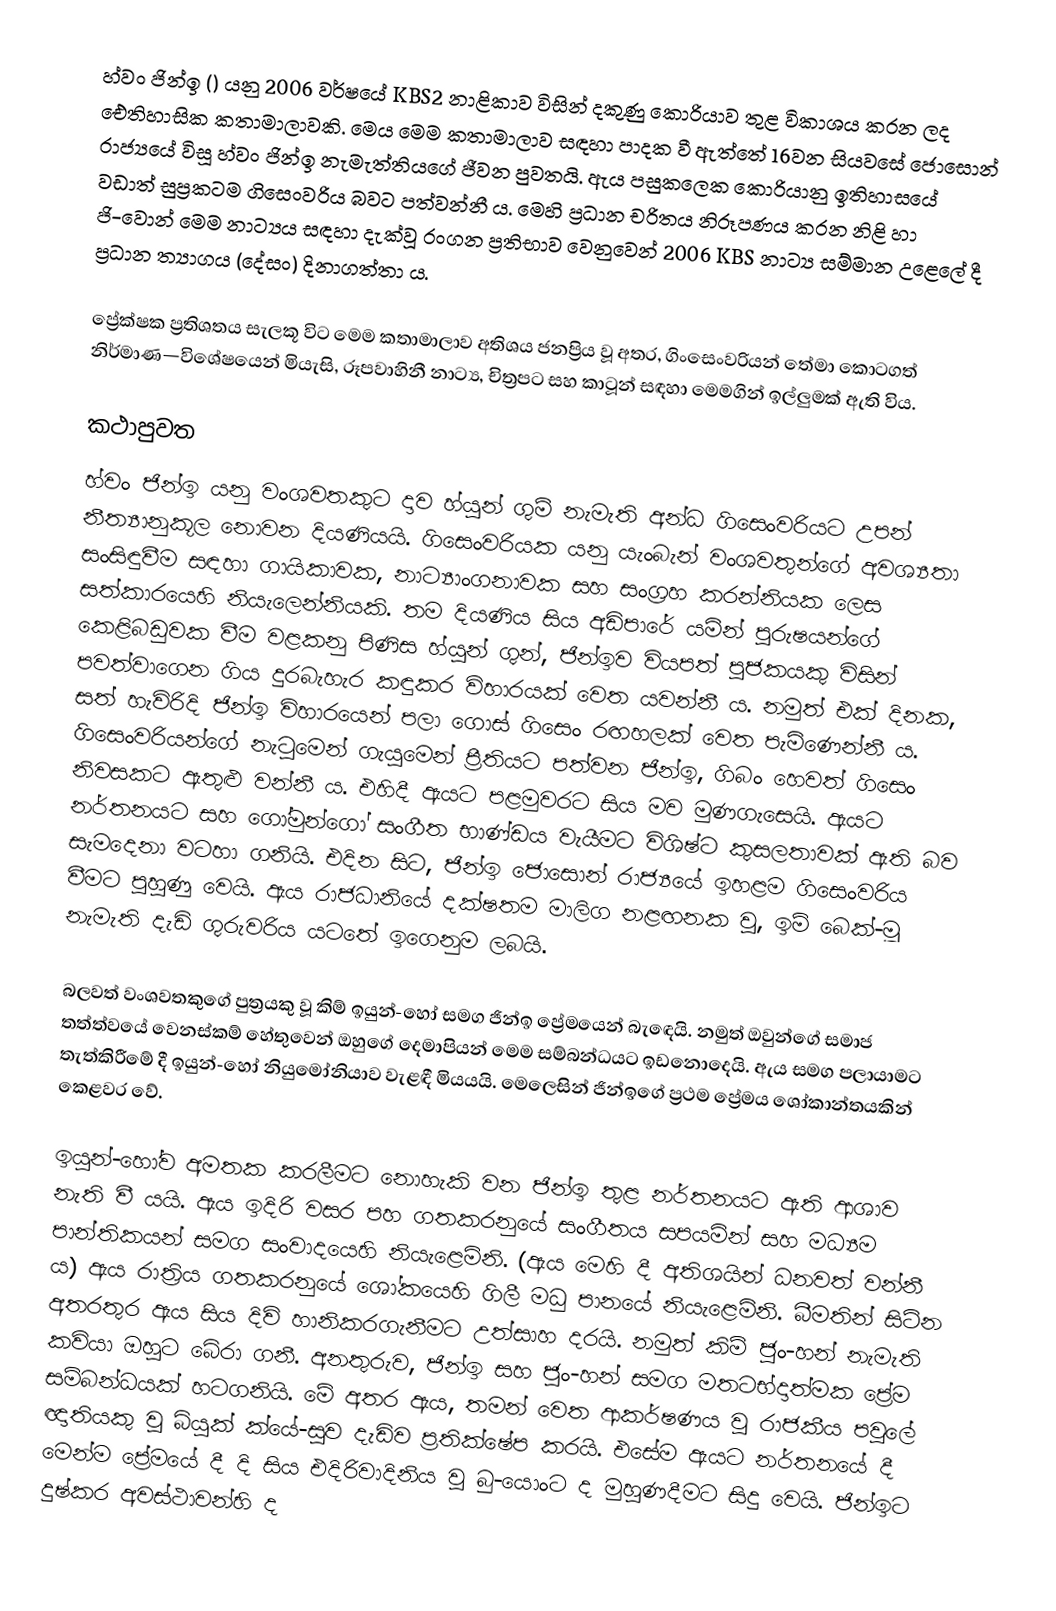
හ්වං ජින්ඉ () යනු 2006 වර්ෂයේ KBS2 නාළිකාව විසින් දකුණු කොරියාව තුළ විකාශය කරන ලද ඓතිහාසික කතාමාලාවකි. මෙය මෙම කතාමාලාව සඳහා පාදක වී ඇත්තේ 16වන සියවසේ ජොසොන් රාජ්‍යයේ විසූ හ්වං ජින්ඉ නැමැත්තියගේ ජීවන පුවතයි. ඇය පසුකලෙක කොරියානු ඉතිහාසයේ වඩාත් සුප්‍රකටම ගිසෙංවරිය බවට පත්වන්නී ය. මෙහි ප්‍රධාන චරිතය නිරූපණය කරන නිළි හා ජි-වොන් මෙම නාට්‍යය සඳහා දැක්වූ රංගන ප්‍රතිභාව වෙනුවෙන් 2006 KBS නාට්‍ය සම්මාන උළෙලේ දී ප්‍රධාන ත්‍යාගය (දේසං) දිනාගත්තා ය.

ප්‍රේක්ෂක ප්‍රතිශතය සැලකූ විට මෙම කතාමාලාව අතිශය ජනප්‍රිය වූ අතර, ගිංසෙංවරියන් තේමා කොටගත් නිර්මාණ—විශේෂයෙන් මියැසි, රූපවාහිනී නාට්‍ය, චිත්‍රපට සහ කාටූන් සඳහා මෙමගින් ඉල්ලුමක් ඇති විය.

කථාපුවත
හ්වං ජින්ඉ යනු වංශවතකුට දාව හ්යුන් ගුම් නැමැති අන්ධ ගිසෙංවරියට උපන් නීත්‍යානුකූල නොවන දියණියයි. ගිසෙංවරියක යනු යැංබැන් වංශවතුන්ගේ අවශ්‍යතා සංසිඳුවීම සඳහා ගායිකාවක, නාට්‍යාංගනාවක සහ සංග්‍රහ කරන්නියක ලෙස සත්කාරයෙහි නියැලෙන්නියකි. තම දියණිය සිය අඩිපාරේ යමින් පුරුෂයන්ගේ කෙළිබඩුවක වීම වළකනු පිණිස හ්යුන් ගුන්, ජින්ඉව වියපත් පූජකයකු විසින් පවත්වාගෙන ගිය දුරබැහැර කඳුකර විහාරයක් වෙත යවන්නී ය. නමුත් එක් දිනක, සත් හැවිරිදි ජින්ඉ විහාරයෙන් පලා ගොස් ගිසෙං රඟහලක් වෙත පැමිණෙන්නී ය. ‍ගිසෙංවරියන්ගේ නැටුමෙන් ගැයුමෙන් ප්‍රීතියට පත්වන ජින්ඉ, ගිබං හෙවත් ගිසෙං නිවසකට ඇතුළු වන්නී ය. එහිදී ඇයට පළමුවරට සිය මව මුණගැසෙයි. ඇයට නර්තනයට සහ ගෝමුන්ගෝ සංගීත භාණ්ඩය වැයීමට විශිෂ්ට කුසලතාවක් ඇති බව සැමදෙනා වටහා ගනියි. එදින සිට, ජින්ඉ ජොසොන් රාජ්‍යයේ ඉහළම ගිසෙංවරිය වීමට පුහුණු වෙයි. ඇය රාජධානියේ දක්ෂතම මාලිග නළඟනක වූ, ඉම් බෙක්-මූ නැමැති දැඩි ගුරුවරිය යටතේ ඉගෙනුම ලබයි.

බලවත් වංශවතකුගේ පුත්‍රයකු වූ කිම් ඉයුන්-හෝ සමග ජින්ඉ ප්‍රේමයෙන් බැඳෙයි. නමුත් ඔවුන්ගේ සමාජ තත්ත්වයේ වෙනස්කම් හේතුවෙන් ඔහුගේ දෙමාපියන් මෙම සම්බන්ධයට ඉඩනොදෙයි. ඇය සමග පලායාමට තැත්කිරීමේ දී ඉයුන්-හෝ නියුමෝනියාව වැළඳී මියයයි. මෙලෙසින් ජින්ඉගේ ප්‍රථම ප්‍රේමය ශෝකාන්තයකින් කෙළවර වේ.

ඉයුන්-හෝව අමතක කරලීමට නොහැකි වන ජින්ඉ තුළ නර්තනයට ඇති ආශාව නැති වී යයි. ඇය ඉදිරි වසර පහ ගතකරනුයේ සංගීතය සපයමින් සහ මධ්‍යම පාන්තිකයන් සමග සංවාදයෙහි නියැළෙමිනි. (ඇය මෙහි දී අතිශයින් ධනවත් වන්නී ය) ඇය රාත්‍රිය ගතකරනුයේ ශෝකයෙහි ගිලී මධු පානයේ නියැළෙමිනි. බීමතින් සිටින අතරතුර ඇය සිය දිවි හානිකරගැනීමට උත්සාහ දරයි. නමුත් කිම් ජුං-හන් නැමැති කවියා ඔහුට බේරා ගනී. අනතුරුව, ජින්ඉ සහ ජුං-හන් සමග මතටභ්දාත්මක ප්‍රේම සම්බන්ධයක් හටගනියි. මේ අතර ඇය, තමන් වෙත ආකර්ෂණය වූ රාජකීය පවුලේ ඥාතියකු වූ බ්යුක් ක්යේ-සූව දැඩිව ප්‍රතික්ෂේප කරයි. එසේම ඇයට නර්තනයේ දී මෙන්ම ප්‍රේමයේ දී දි සිය එදිරිවාදිනිය වූ බු-යොංට ද මුහුණදීමට සිදු වෙයි. ජින්ඉට දුෂ්කර අවස්ථාවන්හි ද